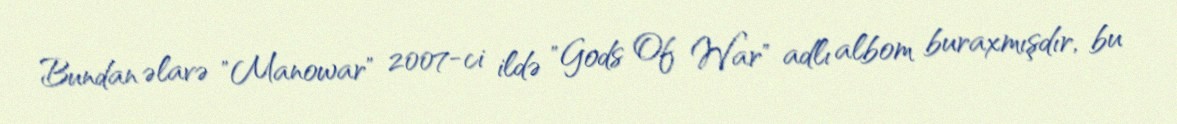
Bundan əlavə "Manowar" 2007-ci ildə "Gods Of War" adlı albom buraxmışdır, bu